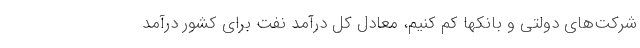
شرکت‌های دولتی و بانکها کم کنیم، معادل کل درآمد نفت برای کشور درآمد